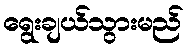
ရွေးချယ်သွားမည်